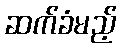
ဆက်ခံမည့်